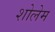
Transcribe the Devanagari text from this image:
शोलेम